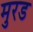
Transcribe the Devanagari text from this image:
मुरड